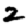
Digit: 2